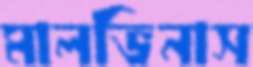
মালভিনাস